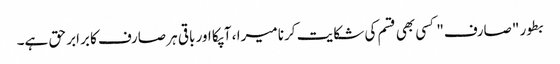
بطور "صارف" کسی بھی قسم کی شکایت کرنا میرا ، آپکا اور باقی ہر صارف کا برابر حق ہے۔